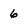
Character: 6